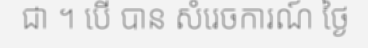
ជា ។ បើ បាន សំរេចការណ៍ ថ្ងៃ